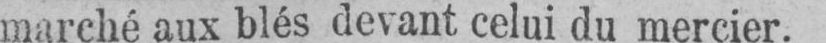
marché aux blés devant celui du mercier.